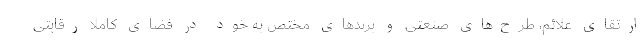
ارتقای علائم، طرح‌های صنعتی و برندهای مختص به خود در فضای کاملا رقابتی